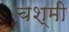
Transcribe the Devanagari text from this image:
चश्मी